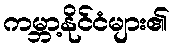
ကမ္ဘာ့နိုင်ငံများ၏